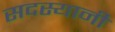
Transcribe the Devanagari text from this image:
सदस्यानी